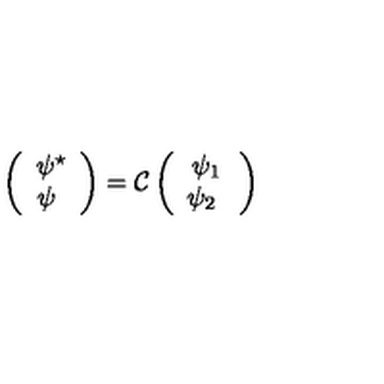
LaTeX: \left( \begin{array} { c } { \psi ^ { \star } } \\ { \psi \ } \\ \end{array} \right) = \mathcal { C } \left( \begin{array} { c } { \psi _ { 1 } } \\ { \psi _ { 2 } \ } \\ \end{array} \right)